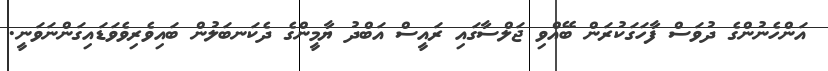
އަންހެނުންގެ ދުވަސް ފާހަގަކުރަން ބޭއްވި ޖަލްސާގައި ރައީސް އަބްދު ޔާމީންގެ ދެކަނބަލުން ބައިވެރިވެވަޑައިގަންނަވަނީ.